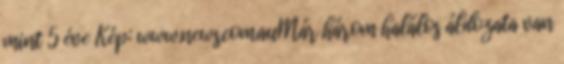
mint 5 éve Kép: www.news.com.auMár három halálos áldozata van